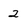
Character: 2